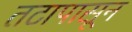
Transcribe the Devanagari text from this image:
तटापासून